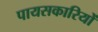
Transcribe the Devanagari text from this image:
पायसकारियों